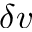
\delta \boldsymbol { v }